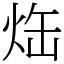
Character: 𤈒